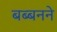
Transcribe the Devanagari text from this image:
बब्बनने